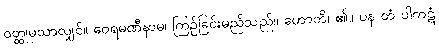
ဝတ္ထုမှသာလျှင်။ ဝေရမဏီနာမ၊ ကြဉ်ခြင်းမည်သည်။ ဟောတိ၊ ၏။ ပန တံ ပါကဋံ